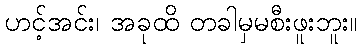
ဟင့်အင်း၊ အခုထိ တခါမှမစီးဖူးဘူး။